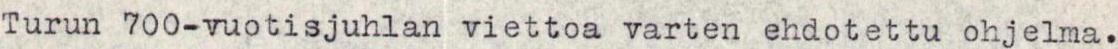
Turun 700-vuotisjuhlan viettoa varten ehdotettu ohjelma.